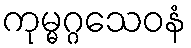
ကုမ္မဂ္ဂသေဝနံ